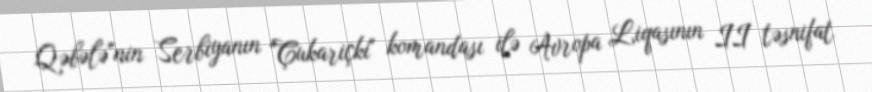
Qəbələ"nin Serbiyanın "Çukariçki" komandası ilə Avropa Liqasının II təsnifat